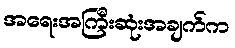
အရေးအကြီးဆုံးအချက်က